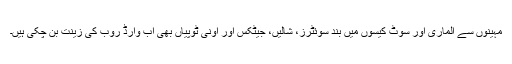
مہینوں سے الماری اور سوٹ کیسوں میں بند سوئٹرز، شالیں، جیٹکس اور اوُنی ٹوپیاں بھی اب وارڈ روب کی زینت بن چکی ہیں۔